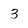
Character: 3